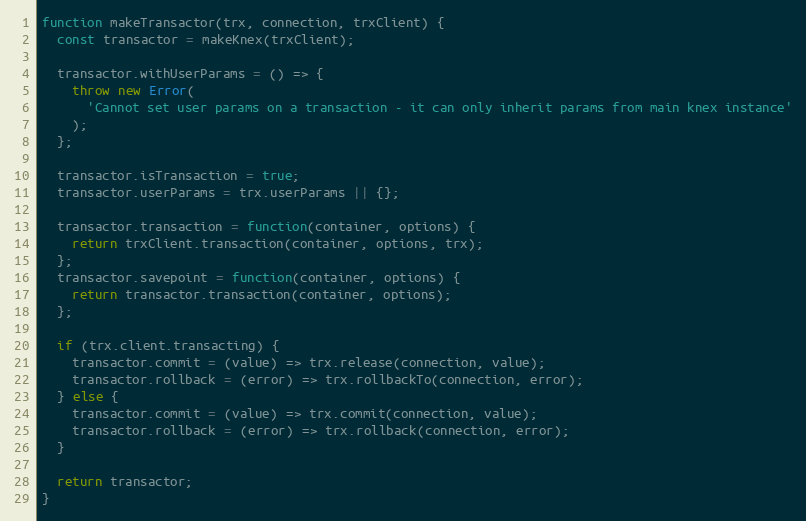
Language: JavaScript
function makeTransactor(trx, connection, trxClient) {
  const transactor = makeKnex(trxClient);

  transactor.withUserParams = () => {
    throw new Error(
      'Cannot set user params on a transaction - it can only inherit params from main knex instance'
    );
  };

  transactor.isTransaction = true;
  transactor.userParams = trx.userParams || {};

  transactor.transaction = function(container, options) {
    return trxClient.transaction(container, options, trx);
  };
  transactor.savepoint = function(container, options) {
    return transactor.transaction(container, options);
  };

  if (trx.client.transacting) {
    transactor.commit = (value) => trx.release(connection, value);
    transactor.rollback = (error) => trx.rollbackTo(connection, error);
  } else {
    transactor.commit = (value) => trx.commit(connection, value);
    transactor.rollback = (error) => trx.rollback(connection, error);
  }

  return transactor;
}